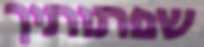
שפתותיך